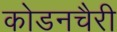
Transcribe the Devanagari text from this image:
कोडनचैरी